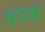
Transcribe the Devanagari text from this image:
भस्‍म